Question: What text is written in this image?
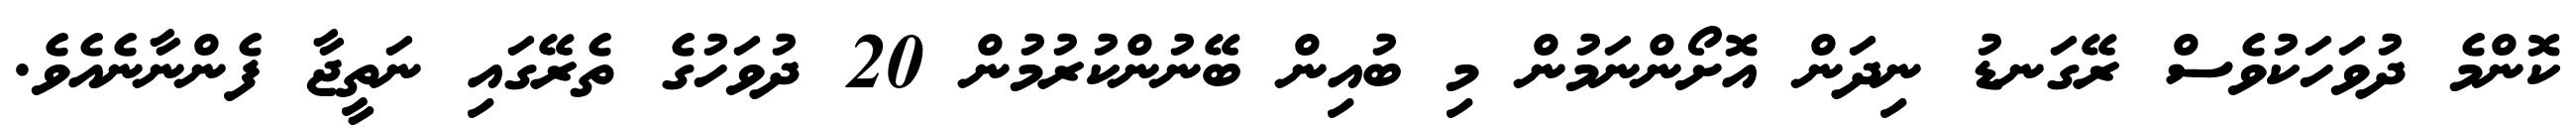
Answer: ކޮންމެ ދުވަހަކުވެސް ރޭގަނޑު ނިދަން އޮށޯންނަމުން މި ބުއިން ބޭނުންކުރުމުން 20 ދުވަހުގެ ތެރޭގައި ނަތީޖާ ފެންނާނެއެވެ.